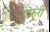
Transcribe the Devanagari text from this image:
तफरी